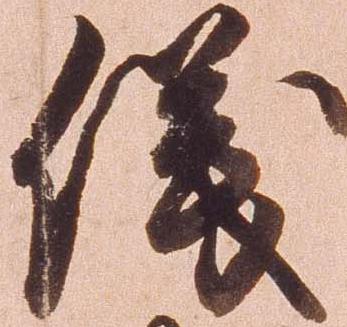
儀